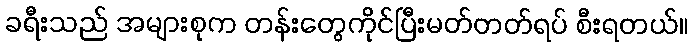
ခရီးသည် အများစုက တန်းတွေကိုင်ပြီးမတ်တတ်ရပ် စီးရတယ်။